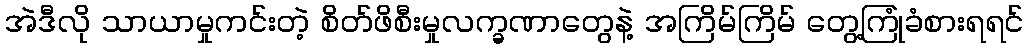
အဲဒီလို သာယာမှုကင်းတဲ့ စိတ်ဖိစီးမှုလက္ခဏာတွေနဲ့ အကြိမ်ကြိမ် တွေ့ကြုံခံစားရရင်